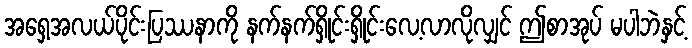
အရှေ့အလယ်ပိုင်းပြဿနာကို နက်နက်ရှိုင်းရှိုင်းလေ့လာလိုလျှင် ဤစာအုပ် မပါဘဲနှင့်